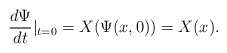
\begin{align*}\frac{d\Psi}{dt}|_{t=0}=X(\Psi(x,0))=X(x).\end{align*}